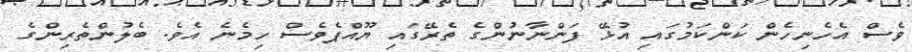
ވެސް އެހެނިހެން ކަންކަމުގައި އުޅޭ ފަންނާނުންގެ ތެރޭގައި ޔޫއްޕެވެސް ހިމެނެ އެވެ. ބެލުންތެރިންގެ